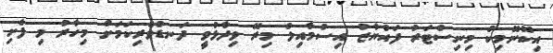
އިކޮނޮމިކް މިނިސްޓަރު ފައްޔާޒު އިސްމާއިލް މިރޭ ވިދާޅުވީ ދަނޑުވެރިކަމަށް މިހާރު މި ފެށި